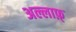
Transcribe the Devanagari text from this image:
अल्लाफ़्‌